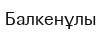
Балкенұлы